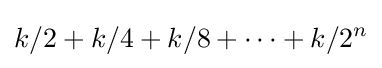
k/2+k/4+k/8+\cdots +k/2^{n}